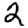
Digit: 2